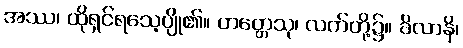
အဿ၊ ထိုရှင်ရသေ့ပျို၏။ ဟတ္တေသု၊ လက်တို့၌။ ခိလာနိ၊